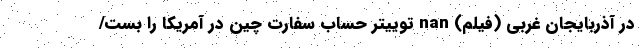
در آذربایجان غربی (فیلم) nan توییتر حساب سفارت چین در آمریکا را بست/